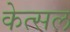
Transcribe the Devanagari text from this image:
केत्सल